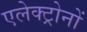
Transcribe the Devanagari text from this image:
एलेक्ट्रोनों